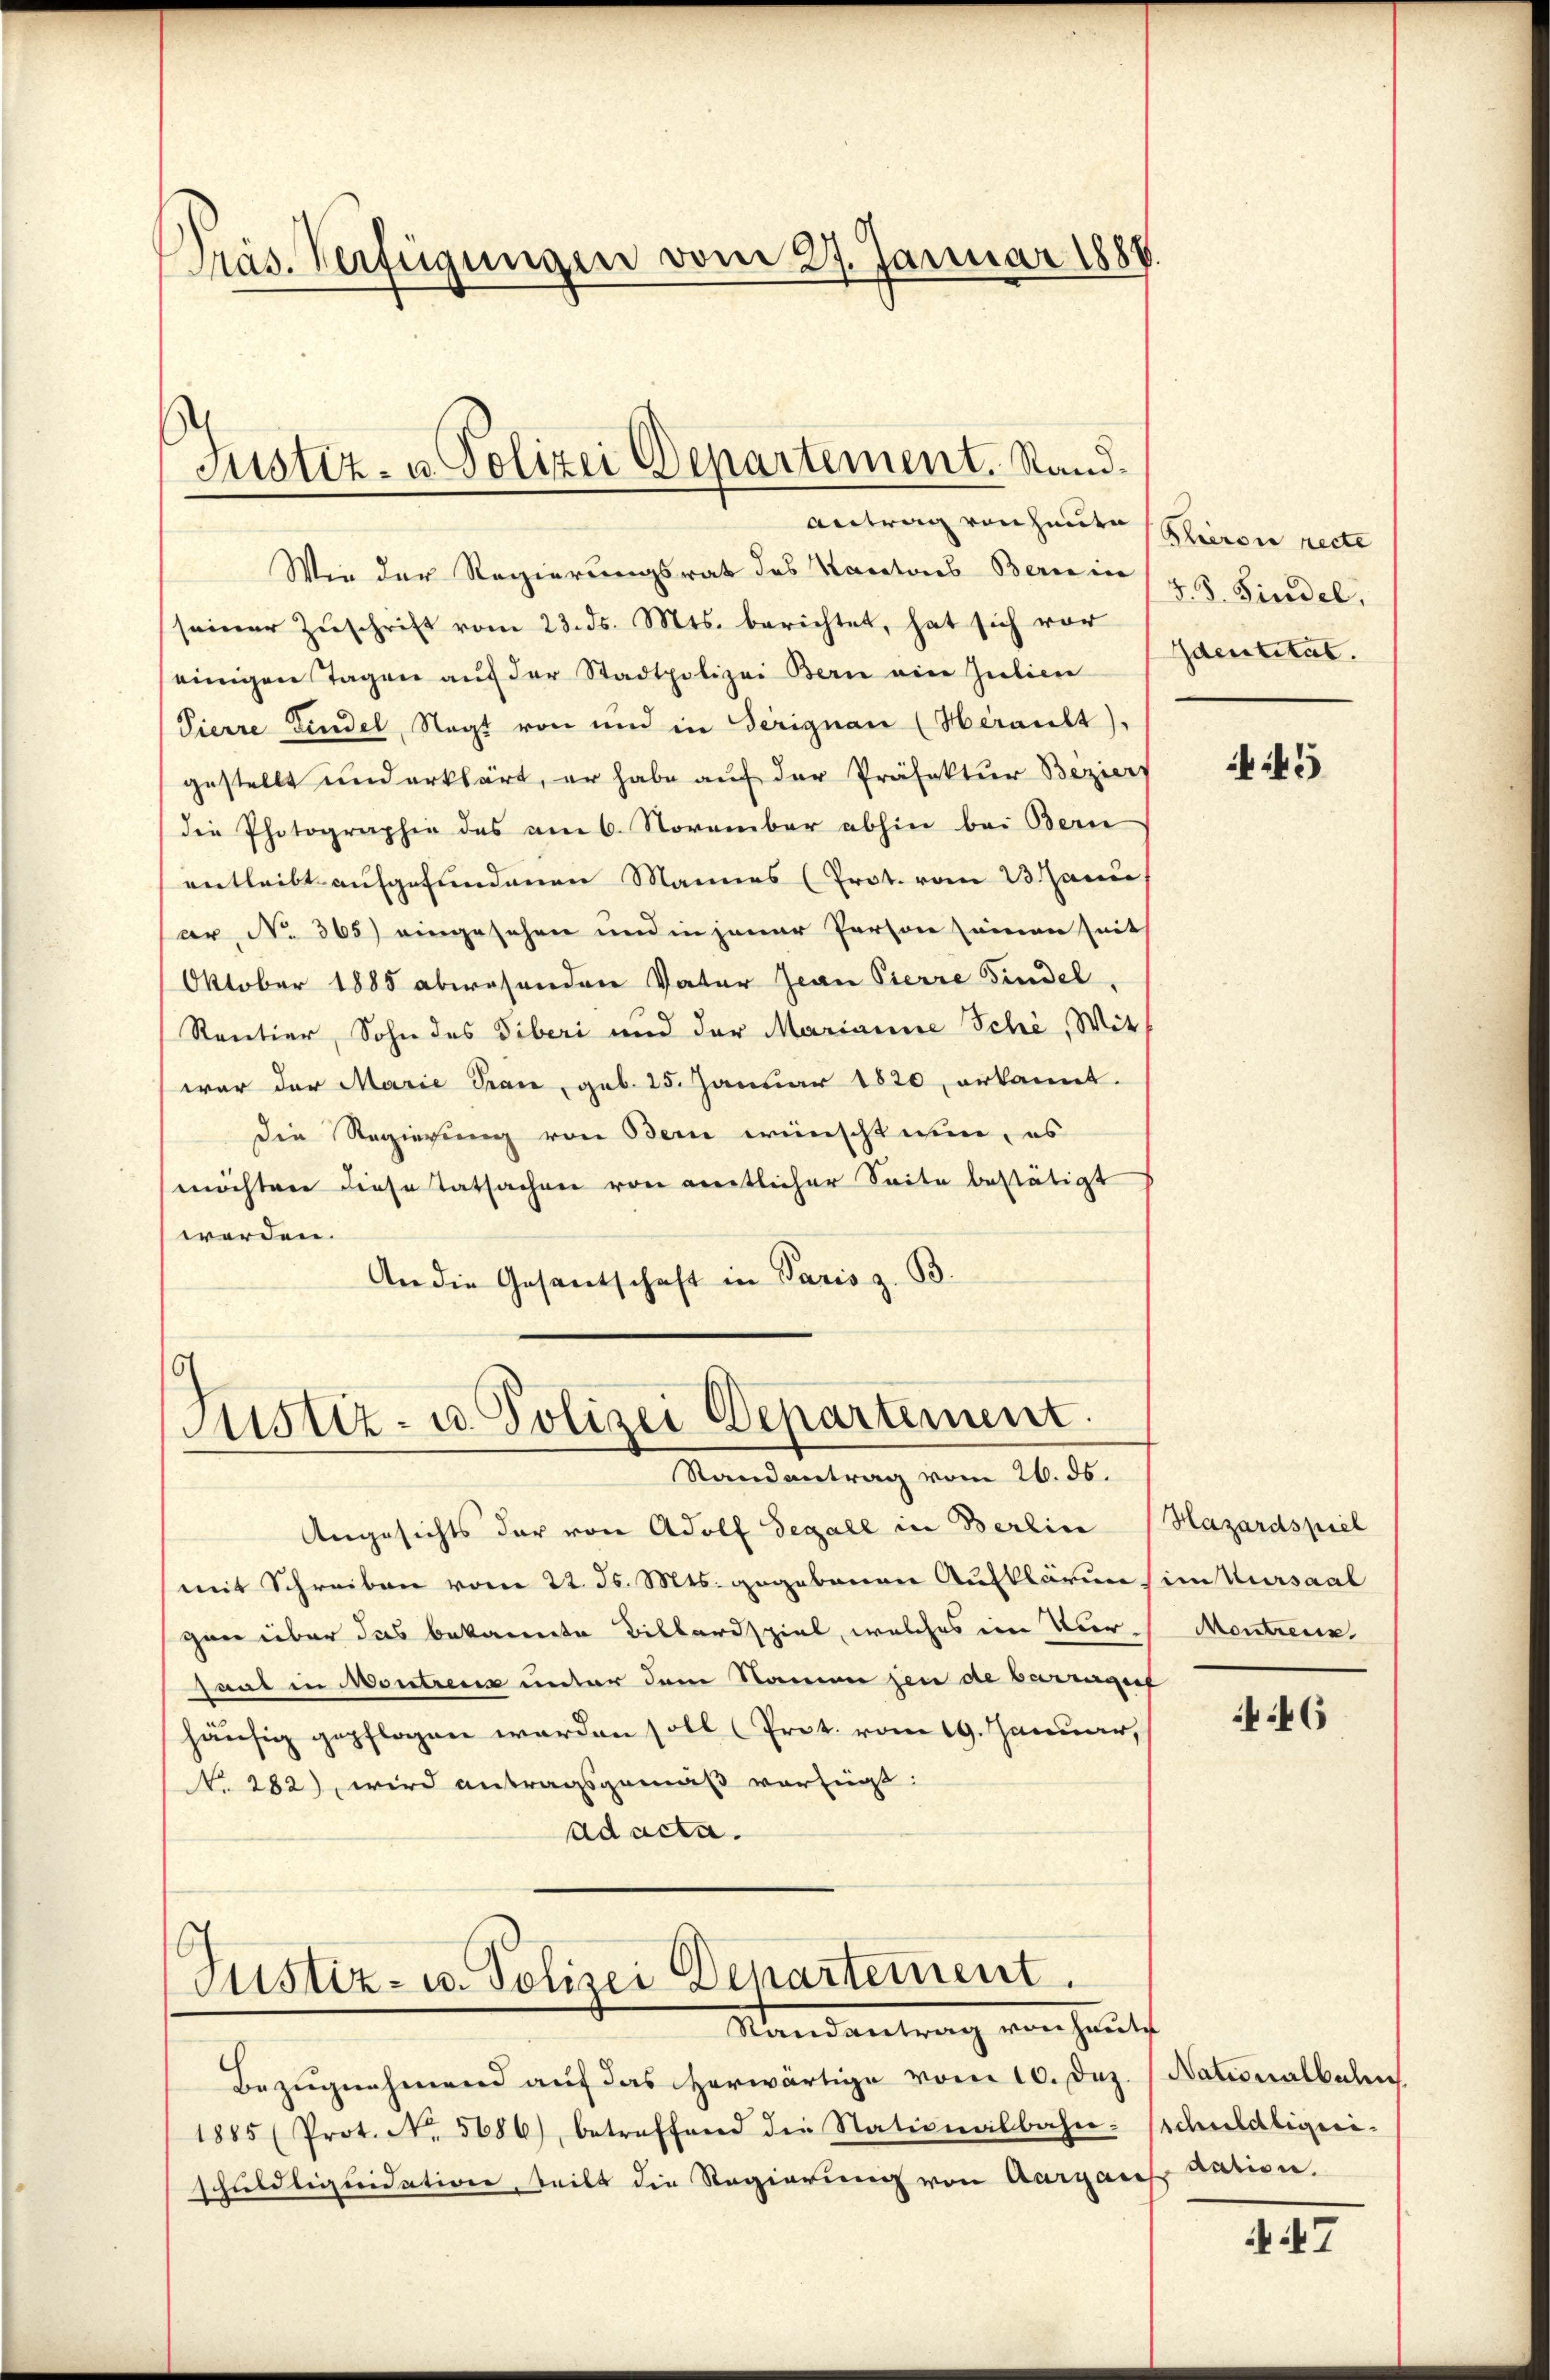
Präs. Verfügungen vom 27. Januar 1888.

Justiz- u. Polizei Departement. Stand.
Antrag von heute (Thierone recte

Wie der Regierungsrat des Kantones Bernein (z. B. Findel.
seiner Zŭschrift vom 23. ds. Mts. berichtet, hat sich vor
einigen Tagen aŭf der Stadtpolizei Bern ein Julien
Pierre Findel, Negt von und in Terignan (Herault),
gestellt und erklärt, er habe auf der Präfektur Beziers
die Photographie des am 6. November abhin bei Bern
entleibt aufgefundenen Mannes (Prot. vom 23. Janu
ar No. 365) eingesehen und in jener Person seinen seits
Oktober 1885 abwesenden Vater Jean Pierre Findel
Rentier, Sohn des Tiberi und der Marianne Schi, Mitwar der Marie Span, geb. 25. Januar 1820 erkannt.
Die Regierung von Bern wünscht nun, es
möchter diese Tatsachen von amentlicher Seite bestätigt
werden.
An die Gesandschaft in Paris z. B.

Justiz- u. Polizei Departement.
Randantrag vom 26. ds.

Angesichts der von Adolf Segall in Berlin (Hazardspiel
(mit Schreiben vom 22. d. Mts. gegebenen Aufklärung im Kursaal
gen über das bekannte Billardspiel, welches ein Vier-
saal in Montreux unter dem Namen den de barengef
häufig gepflogen werden soll (Prot. vom 19. Januar,
No. 282), wird antragsgemäß verfügt:
ad acta.

Justiz- u. Polizei Departement.
Randantrag von Hautf

Bezugnahmend auf das herwärtige vom 10. Dez. (Nationalbahn
1885 (Prot. No. 5686), betreffend die Nationalbahn schuldliqui-
schuldliquidation, teilt die Regierung von Aargaus

Identität.

45

Montreuz

46

dation.

N 17